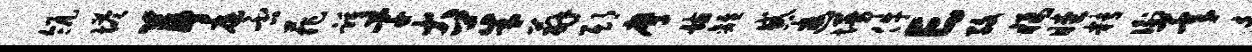
瓴塔葺庭否菲踵芊大茱薜邸膺骸离惑逮墁件亡孜橘瞠精衡承迫